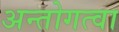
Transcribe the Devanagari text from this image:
अन्तोगत्वा